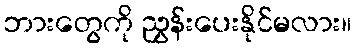
ဘားတွေကို ညွှန်းပေးနိုင်မလား။